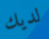
لديك